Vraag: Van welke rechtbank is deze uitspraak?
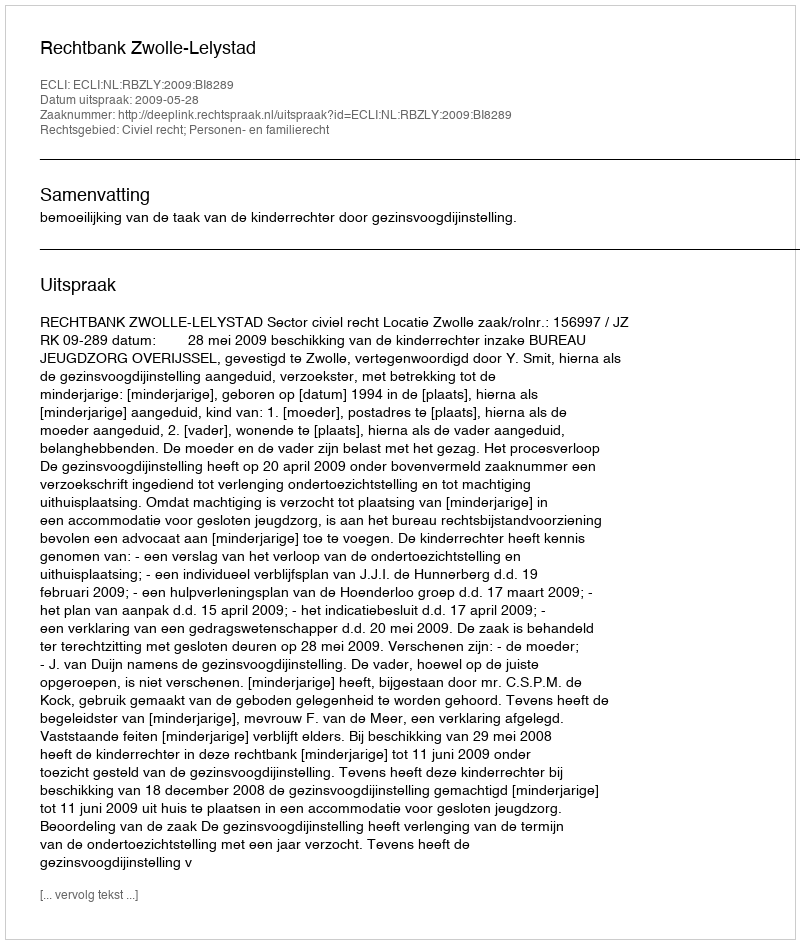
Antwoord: Rechtbank Zwolle-Lelystad